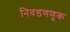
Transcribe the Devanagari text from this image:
निवडणणूक